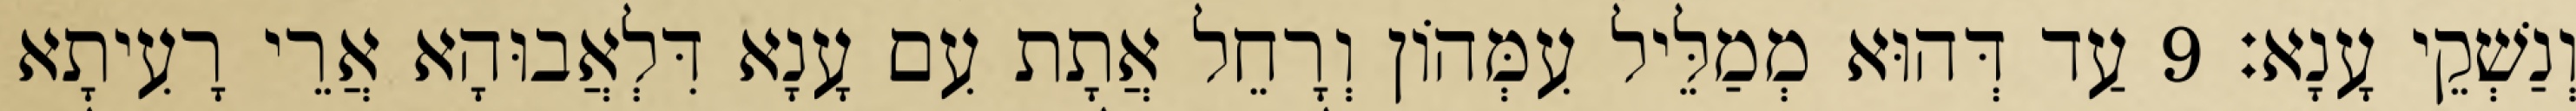
וְנַשְׁקֵי עָנָא׃ 9 עַד דְּהוּא מְמַלֵּיל עִמְּהוֹן וְרָחֵל אֲתָת עִם עָנָא דִּלְאֲבוּהָא אֲרֵי רָעִיתָא